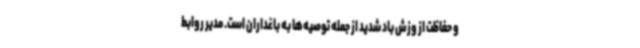
و حفاظت از وزش باد شدید از جمله توصیه‌ها به باغداران است. مدیر روابط